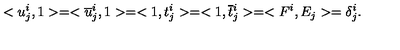
< u _ { j } ^ { i } , 1 > = < \overline { { u } } { } _ { j } ^ { i } , 1 > = < 1 , t _ { j } ^ { i } > = < 1 , \overline { { t } } { } _ { j } ^ { i } > = < F ^ { i } , E _ { j } > = \delta _ { j } ^ { i } .